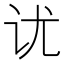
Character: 𰵎